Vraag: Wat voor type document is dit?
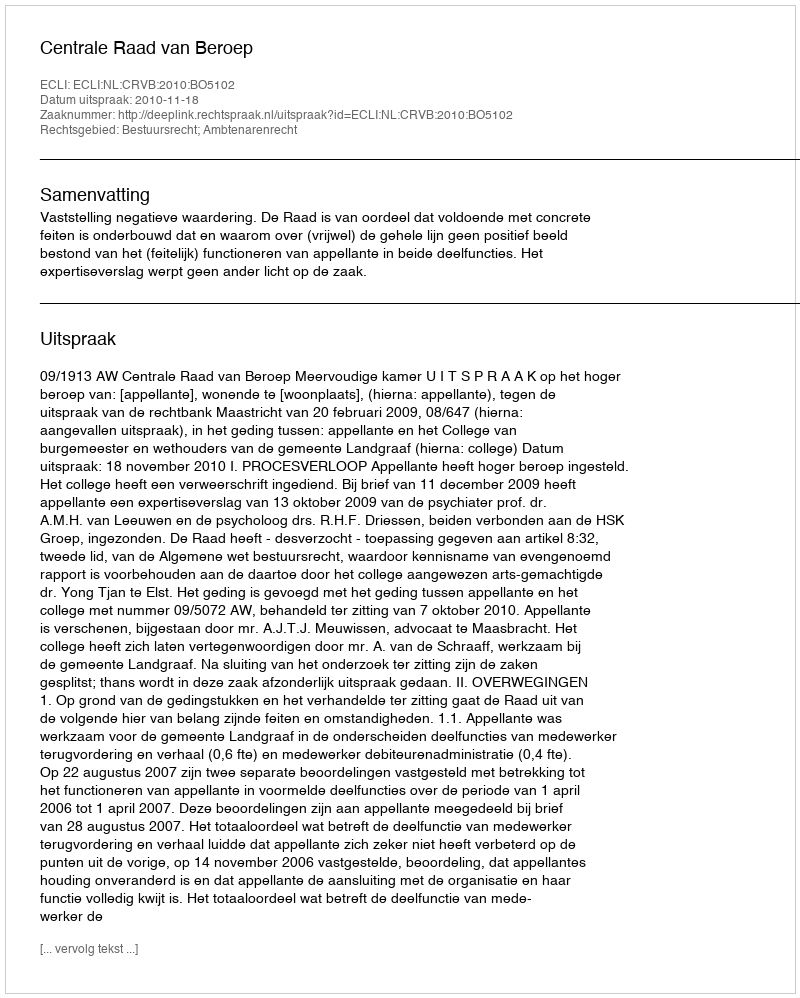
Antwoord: Uitspraak